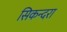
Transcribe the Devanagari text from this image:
सिकन्‍दरा